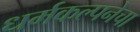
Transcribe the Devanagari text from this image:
धर्मकल्पनेचा